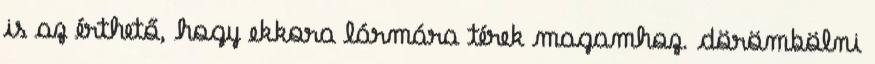
is az érthető, hogy ekkora lármára térek magamhoz. dörömbölni